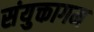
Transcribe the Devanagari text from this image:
संयुक्तागम